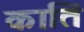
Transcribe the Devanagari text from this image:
कातिं